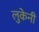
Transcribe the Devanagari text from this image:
लुकेनी